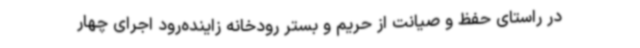
در راستای حفظ و صیانت از حریم و بستر رودخانه زاینده‌رود اجرای چهار